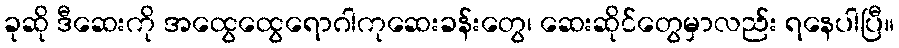
ခုဆို ဒီဆေးကို အထွေထွေရောဂါကုဆေးခန်းတွေ၊ ဆေးဆိုင်တွေမှာလည်း ရနေပါပြီ။